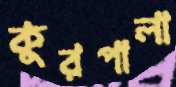
কুরপালা